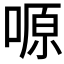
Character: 𠺿